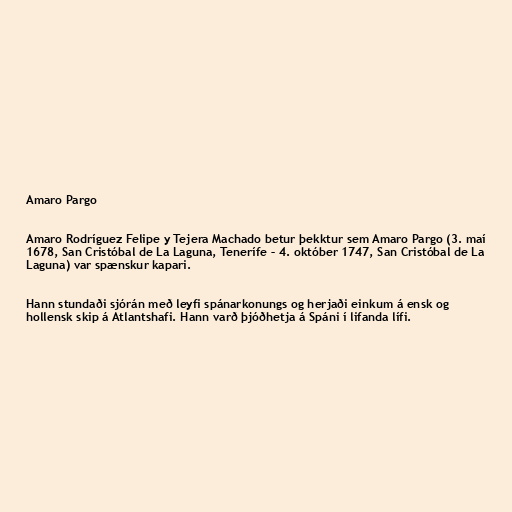
Amaro Pargo

Amaro Rodríguez Felipe y Tejera Machado betur þekktur sem Amaro Pargo (3. maí
1678, San Cristóbal de La Laguna, Tenerífe – 4. október 1747, San Cristóbal de La
Laguna) var spænskur kapari.

Hann stundaði sjórán með leyfi spánarkonungs og herjaði einkum á ensk og
hollensk skip á Atlantshafi. Hann varð þjóðhetja á Spáni í lifanda lífi.